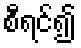
စီရင်၍